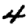
Digit: 4